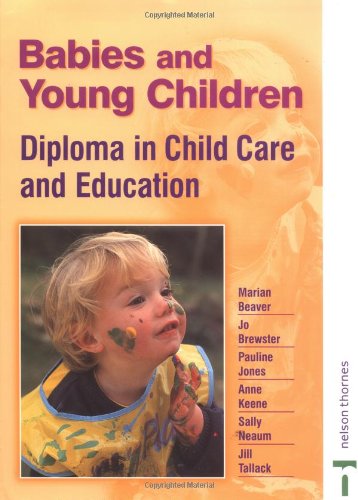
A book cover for Babies and Young Children: Diploma in Childcare Ande Ducation; Marian Beaver; Parenting & Relationships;